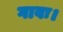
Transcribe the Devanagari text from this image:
गावः।